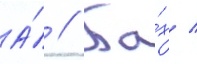
А́ // Ба́х /